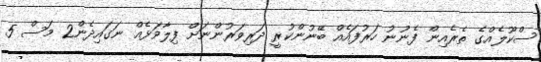
ސްކޫލެއްގެ ތެރެއިން ފެނުނު ހަރުފައެއް ބޭނުންކުރީ ދަރިވަރުންނަށް ފިލާވަޅެއް ނަގައިދެން2 މަސް 5